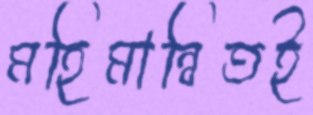
মহিমান্বিতই